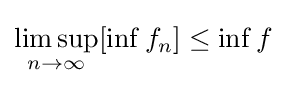
\limsup _{n\to \infty }[\inf f_{n}]\leq \inf f